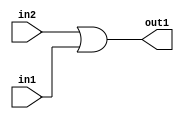
`timescale 1ps / 1ps
/*****************************************************************************
    Verilog RTL Description
    
    
    Created by: Stratus DpOpt 2019.1.01 
*******************************************************************************/

module avg_pool_Or_1Ux1U_1U_4 (
	in2,
	in1,
	out1
	); /* architecture "behavioural" */ 
input  in2,
	in1;
output  out1;
wire  asc001;

assign asc001 = 
	(in2)
	|(in1);

assign out1 = asc001;
endmodule

/* CADENCE  urf1SgA= : u9/ySgnWtBlWxVPRXgAZ4Og= ** DO NOT EDIT THIS LINE ******/